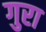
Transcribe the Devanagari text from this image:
गुरा